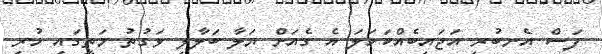
ފަސް އެނބުރި އަޖައިބެއްކަހަލަ އެ ގެއަށް ޔަލާ ބަލާލި ވަގުތު މަތީގައި ހުރި